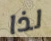
لذا